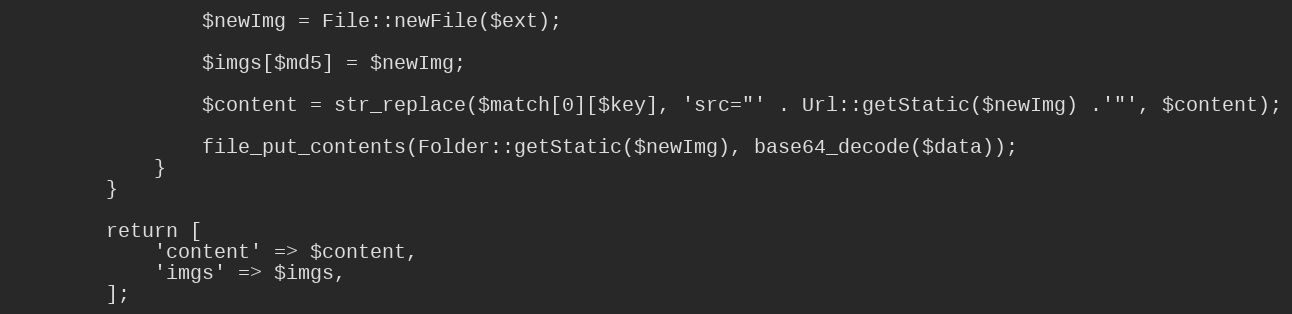
Language: PHP
                $newImg = File::newFile($ext);

                $imgs[$md5] = $newImg;

                $content = str_replace($match[0][$key], 'src="' . Url::getStatic($newImg) .'"', $content);

                file_put_contents(Folder::getStatic($newImg), base64_decode($data));
            }
        }

        return [
            'content' => $content,
            'imgs' => $imgs,
        ];